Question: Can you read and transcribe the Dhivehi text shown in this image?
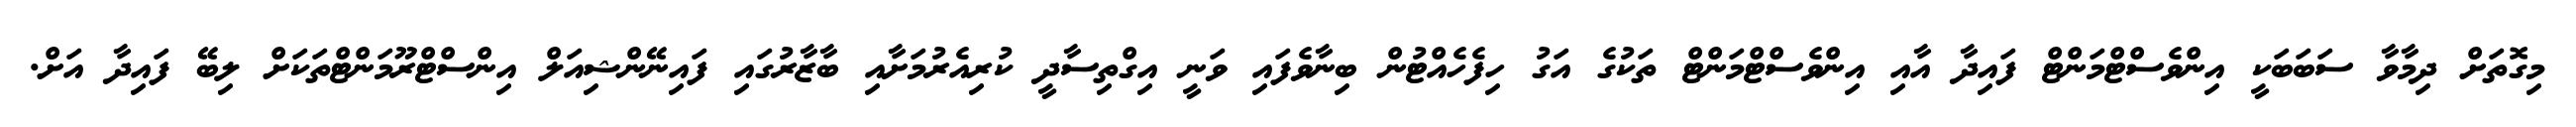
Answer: މިގޮތަށް ދިމާވާ ސަބަބަކީ އިންވެސްޓްމަންޓް ފައިދާ އާއި އިންވެސްޓްމަންޓް ތަކުގެ އަގު ހިފެހެއްޓުން ބިނާވެފައި ވަނީ އިގްތިސާދީ ކުރިއެރުމަށާއި ބާޒާރުގައި ފައިނޭންޝިއަލް އިންސްޓްރޫމަންޓްތަކަށް ލިބޭ ފައިދާ އަށް.